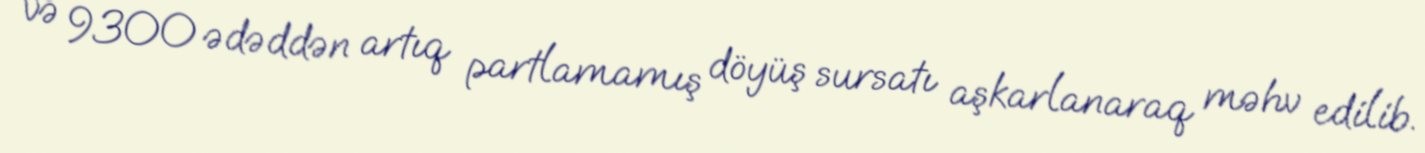
və 9300 ədəddən artıq partlamamış döyüş sursatı aşkarlanaraq məhv edilib.